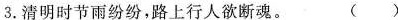
3.清明时节雨纷纷，路上行人欲断魂。 ()